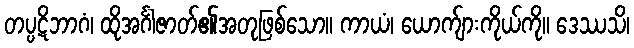
တပ္ပဋိဘာဂံ၊ ထိုအင်္ဂါဇာတ်၏အတုဖြစ်သော။ ကာယံ၊ ယောက်ျားကိုယ်ကို။ ဒေဿသိ၊